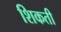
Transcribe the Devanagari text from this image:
शिकती